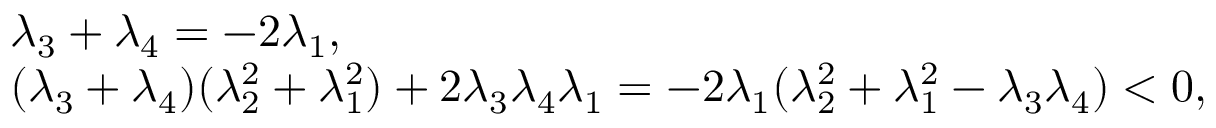
\begin{array} { r l } & { \lambda _ { 3 } + \lambda _ { 4 } = - 2 \lambda _ { 1 } , } \\ & { ( \lambda _ { 3 } + \lambda _ { 4 } ) ( \lambda _ { 2 } ^ { 2 } + \lambda _ { 1 } ^ { 2 } ) + 2 \lambda _ { 3 } \lambda _ { 4 } \lambda _ { 1 } = - 2 \lambda _ { 1 } ( \lambda _ { 2 } ^ { 2 } + \lambda _ { 1 } ^ { 2 } - \lambda _ { 3 } \lambda _ { 4 } ) < 0 , } \end{array}